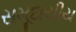
સમૂદાયીય